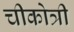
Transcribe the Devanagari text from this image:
चीकोत्री